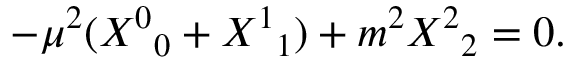
- \mu ^ { 2 } ( { { \cal X } ^ { 0 } } _ { 0 } + { { \cal X } ^ { 1 } } _ { 1 } ) + m ^ { 2 } { { \cal X } ^ { 2 } } _ { 2 } = 0 .